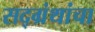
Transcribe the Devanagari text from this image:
सद्ग्रंथांचा